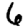
Digit: 6